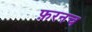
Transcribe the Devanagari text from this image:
फ़रनच